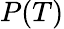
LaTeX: P(T)